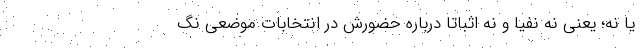
یا نه؛ یعنی نه نفیا و نه اثباتا درباره حضورش در انتخابات موضعی نگ